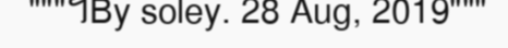
"""។By soley. 28 Aug, 2019"""